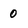
Character: 0